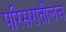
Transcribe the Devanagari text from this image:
परिसरातीलच